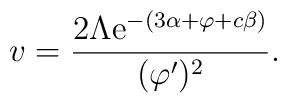
v =\frac{2\Lambda{\rm e}^{-(3\alpha + \varphi +  c\beta)}}{(\varphi')^2}.